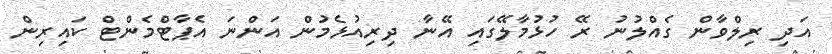
އަދި ރިލްވާން ގެއްލުނު ރޭ ހުޅުމާލޭގައި އޭނާ ދިރިއުޅެމުން އަންނަ އެޕާޓްމެންޓް ކައިރިން